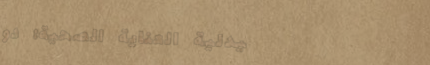
صيدلية العناية الصحية: دو